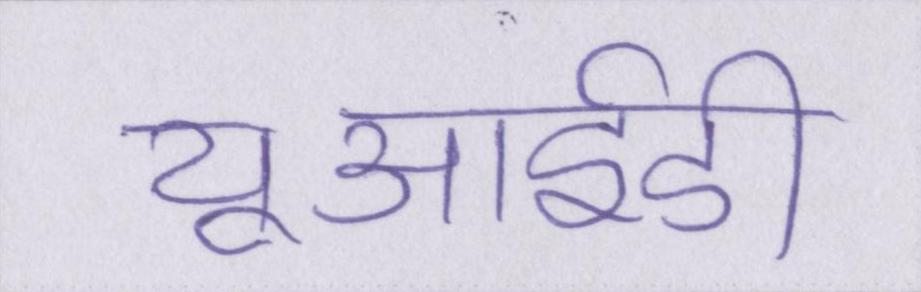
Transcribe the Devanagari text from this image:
यूआईडी